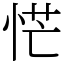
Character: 恾